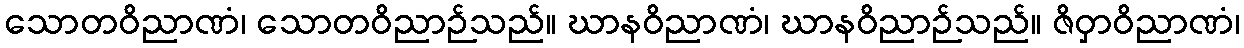
သောတဝိညာဏံ၊ သောတဝိညာဉ်သည်။ ဃာနဝိညာဏံ၊ ဃာနဝိညာဉ်သည်။ ဇိဝှာဝိညာဏံ၊